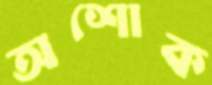
অশোক